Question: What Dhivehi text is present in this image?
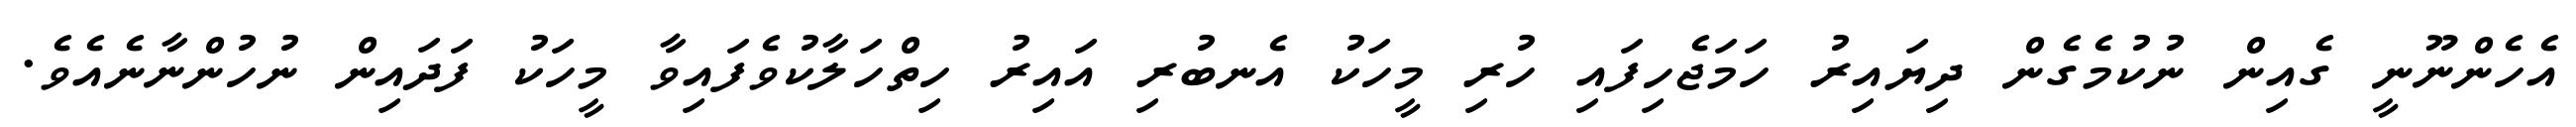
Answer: އެހެންނޫނީ ގެއިން ނުކުމެގެން ދިޔައިރު ހަމަޖެހިފައި ހުރި މީހަކު އެނބުރި އައިރު ހިތްހަލާކުވެފައިވާ މީހަކު ފަދައިން ނުހުންނާނެއެވެ.